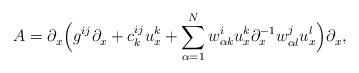
LaTeX: \begin{align*}A = \partial_x^{}\Big(g^{ij}\partial_x^{} + c^{ij}_ku^k_x+\sum_{\alpha=1}^Nw^i_{\alpha k}u^k_x\partial_x^{-1}w^j_{\alpha l} u^l_x\Big)\partial_x^{}, \end{align*}